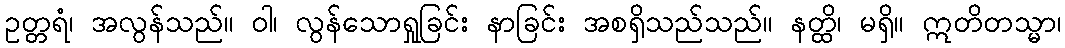
ဥတ္တရံ၊ အလွန်သည်။ ဝါ၊ လွန်သောရှုခြင်း နာခြင်း အစရှိသည်သည်။ နတ္ထိ၊ မရှိ။ ဣတိတသ္မာ၊